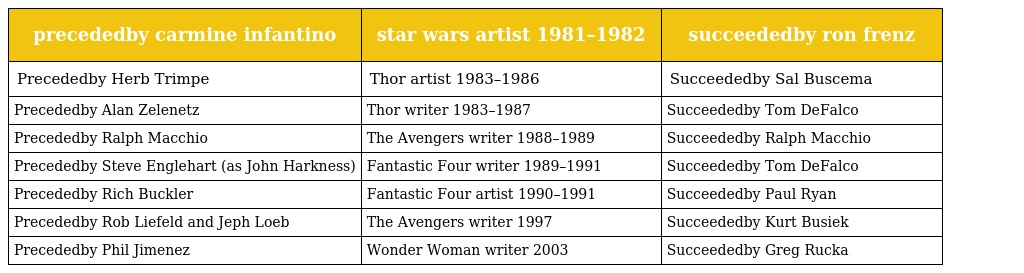
| precededby carmine infantino | star wars artist 1981–1982 | succeededby ron frenz |
 | --- | --- | --- |
 | Precededby Herb Trimpe | Thor artist 1983–1986 | Succeededby Sal Buscema |
 | Precededby Alan Zelenetz | Thor writer 1983–1987 | Succeededby Tom DeFalco |
 | Precededby Ralph Macchio | The Avengers writer 1988–1989 | Succeededby Ralph Macchio |
 | Precededby Steve Englehart (as John Harkness) | Fantastic Four writer 1989–1991 | Succeededby Tom DeFalco |
 | Precededby Rich Buckler | Fantastic Four artist 1990–1991 | Succeededby Paul Ryan |
 | Precededby Rob Liefeld and Jeph Loeb | The Avengers writer 1997 | Succeededby Kurt Busiek |
 | Precededby Phil Jimenez | Wonder Woman writer 2003 | Succeededby Greg Rucka |